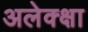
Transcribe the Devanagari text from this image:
अलेक्क्षा